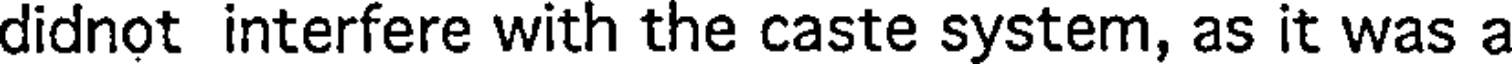
didnot interfere with the caste system, as it was a